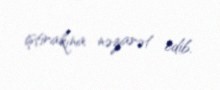
iştirakına nəzarət edib.